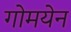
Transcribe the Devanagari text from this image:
गोमयेन